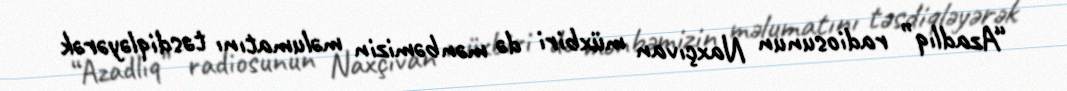
“Azadlıq” radiosunun Naxçıvan müxbiri də mənbəmizin məlumatını təsdiqləyərək